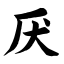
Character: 厌